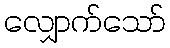
လျှောက်သော်